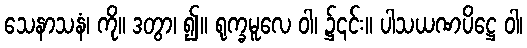
သေနာသနံ၊ ကို။ ဒတွာ၊ ၍။ ရုက္ခမူလေ ဝါ၊ ၌၎င်း။ ပါသယဏပိဋ္ဌေ ဝါ၊